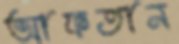
আফতান